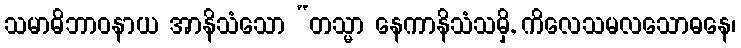
သမာဓိဘာဝနာယ အာနိသံသော “တသ္မာ နေကာနိသံသမှိ, ကိလေသမလသောဓနေ၊